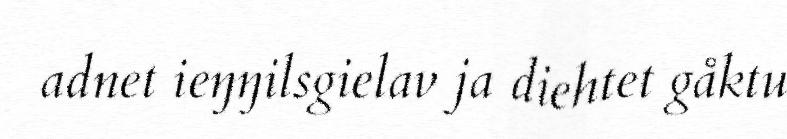
adnet ieŋŋilsgielav ja diehtet gåktu